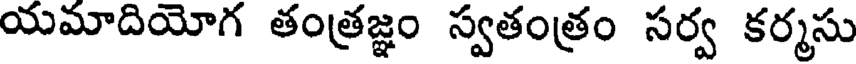
యమాదియోగ తంత్రజ్ఞం స్వతంత్రం సర్వ కర్మసు